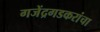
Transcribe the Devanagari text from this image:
गजेंद्रगडकरांचा